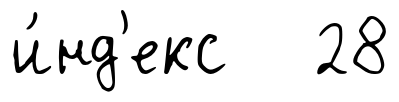
и́нд'екс 28